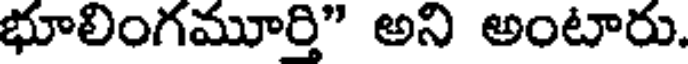
భూలింగమూర్తి" అని అంటారు.